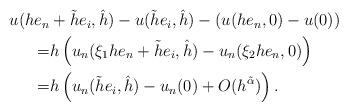
LaTeX: \begin{align*} \begin{aligned}u(he_n&+\tilde{h}e_i,\hat{h})-u(\tilde{h}e_i,\hat{h})-\left(u(he_n,0)-u(0)\right)\\=&h\left(u_n(\xi_1 he_n+\tilde{h}e_i,\hat{h})-u_n(\xi_2 he_n,0)\right)\\=&h\left(u_n(\tilde{h}e_i,\hat{h})-u_n(0)+O(h^{\tilde \alpha})\right).\\ \end{aligned}\end{align*}